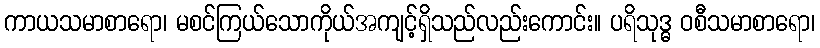
ကာယသမာစာရော၊ မစင်ကြယ်သောကိုယ်အကျင့်ရှိသည်လည်းကောင်း။ ပရိသုဒ္ဓ ဝစီသမာစာရော၊